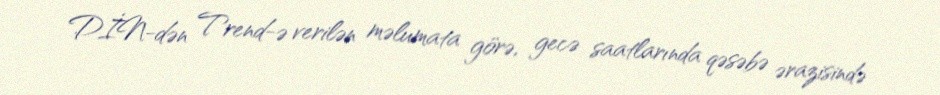
DİN-dən Trend-ə verilən məlumata görə, gecə saatlarında qəsəbə ərazisində